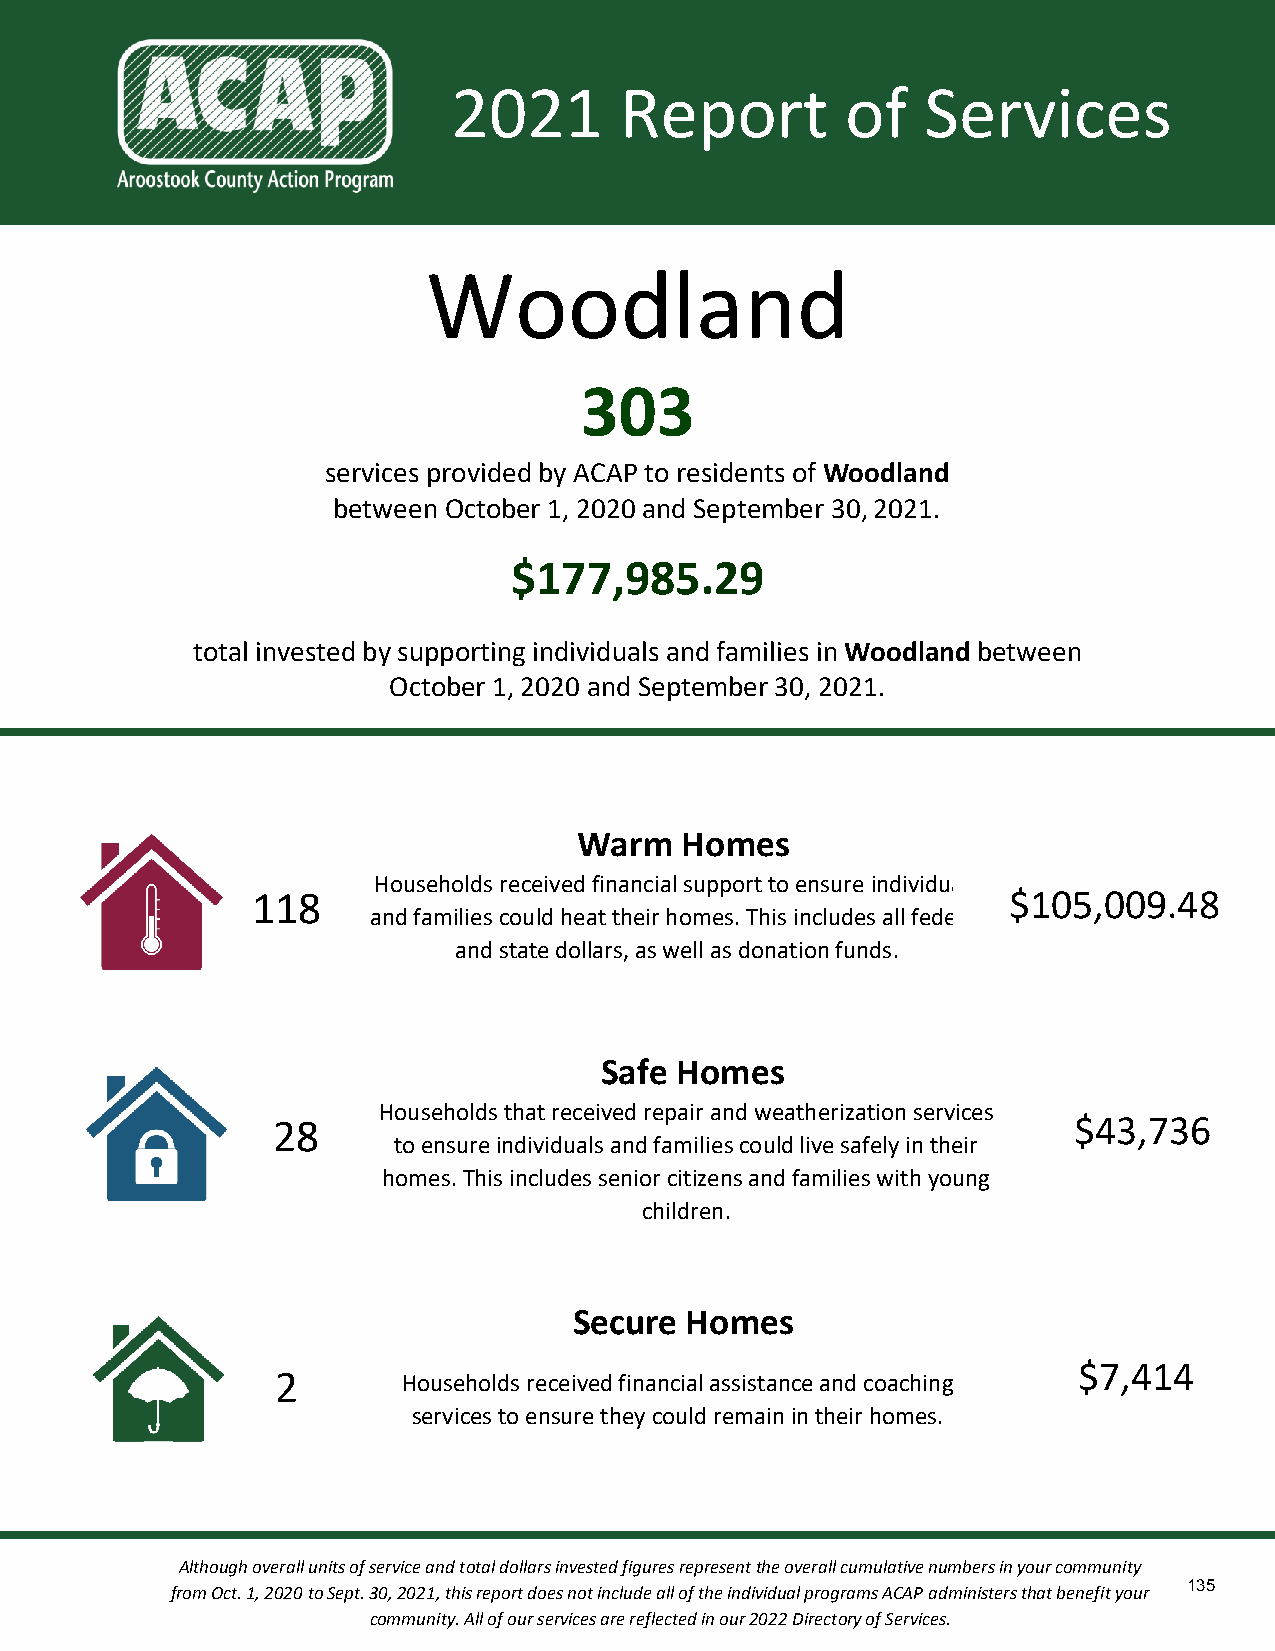
2021       Report         of   Services
 Woodland
 303
 services provided by ACAP to residents of Woodland
 between October 1, 2020 and September 30, 2021.
 $177,985.29
 total invested by supporting individuals and families in Woodland between
 October 1, 2020 and September 30, 2021.
 Warm   Homes
 Households received financial support to ensure individuals
 118                                               $105,009.48
 and families could heat their homes. This includes all federal
 and state dollars, as well as donation funds.
 Safe Homes
 Households that received repair and weatherization services
 28                                                   $43,736
 to ensure individuals and families could live safely in their
 homes. This includes senior citizens and families with young
 children.
 Secure Homes
 $7,414
 2        Households received financial assistance and coaching
 services to ensure they could remain in their homes.
 Although overall units of service and total dollars invested figures represent the overall cumulative numbers in your community
 135
 from Oct. 1, 2020 to Sept. 30, 2021, this report does not include all of the individual programs ACAP administers that benefit your
 community. All of our services are reflected in our 2022 Directory of Services.